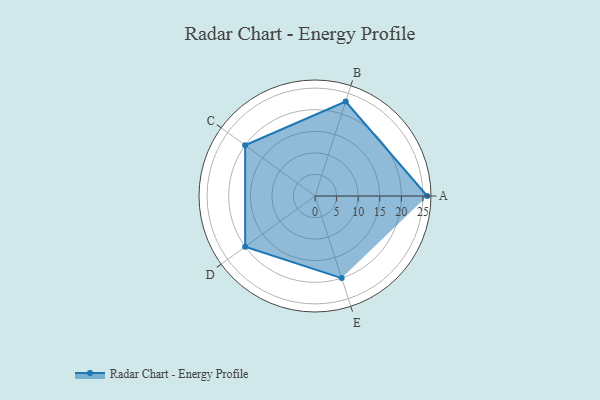
{"axis": {"x": "Skill", "y": "Score"}, "legend": ["Profile"], "data": [{"x": "A", "y": 26.0, "type": "Profile"}, {"x": "B", "y": 23.0, "type": "Profile"}, {"x": "C", "y": 20.0, "type": "Profile"}, {"x": "D", "y": 20, "type": "Profile"}, {"x": "E", "y": 20, "type": "Profile"}]}